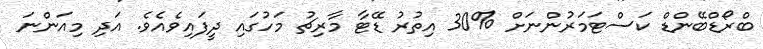
ބްރޯޑްބޭންޑް ކަސްޓަމަރުންނަށް %30 އިތުރު ޑޭޓާ މާރިޗު މަހުގައި ދީފައިވެއެވެ. އަދި މިއަންނަ